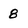
Character: 8